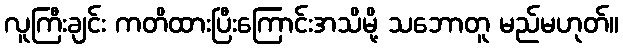
လူကြီးချင်း ကတိထားပြီးကြောင်းအသိမို့ သဘောတူ မည်မဟုတ်။